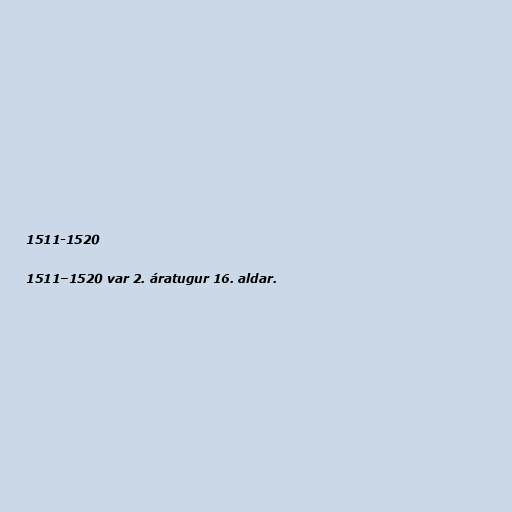
1511-1520

1511–1520 var 2. áratugur 16. aldar.